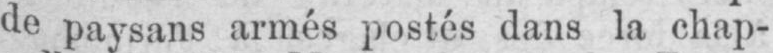
de paysans armés postés dans la chap-